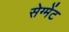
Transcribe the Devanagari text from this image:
सेग्मेंट